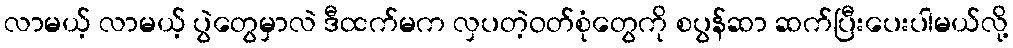
လာမယ့် လာမယ့် ပွဲတွေမှာလဲ ဒီထက်မက လှပတဲ့ဝတ်စုံတွေကို စပွန်ဆာ ဆက်ပြီးပေးပါမယ်လို့